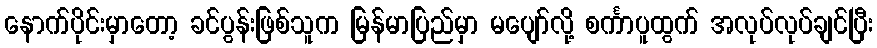
နောက်ပိုင်းမှာတော့ ခင်ပွန်းဖြစ်သူက မြန်မာပြည်မှာ မပျော်လို့ စင်္ကာပူထွက် အလုပ်လုပ်ချင်ပြီး